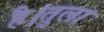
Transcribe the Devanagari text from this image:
है।तुला